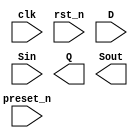
module shift_reg(clk, rst_n, preset_n, D, Sin, Q, Sout);
  input clk, rst_n, preset_n;
  input [3:0] D;
  input Sin;
  output reg [3:0] Q;
  output reg Sout;
  
  always @(posedge clk or negedge rst_n)
  begin
  // -------- insert your code here ------------















  // -------------------------------------------
  end


endmodule